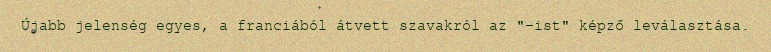
Újabb jelenség egyes, a franciából átvett szavakról az "-ist" képző leválasztása.